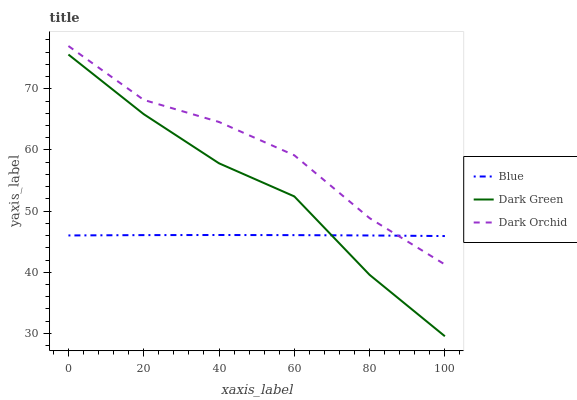
| xaxis_label | Blue | Dark Green | Dark Orchid |
 | --- | --- | --- | --- |
 | 0 | 46 | 75.6 | 77 |
 | 20 | 46.1 | 65.9 | 68.2 |
 | 40 | 46.1 | 57.8 | 64.6 |
 | 60 | 46.1 | 52.4 | 59.1 |
 | 80 | 46 | 39.6 | 48.9 |
 | 100 | 45.9 | 29.5 | 41.3 |